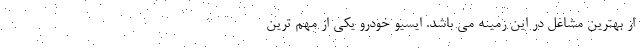
از بهترین مشاغل در این زمینه می باشد. ایسیو خودرو یکی از مهم ترین